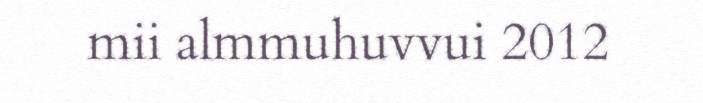
mii almmuhuvvui 2012